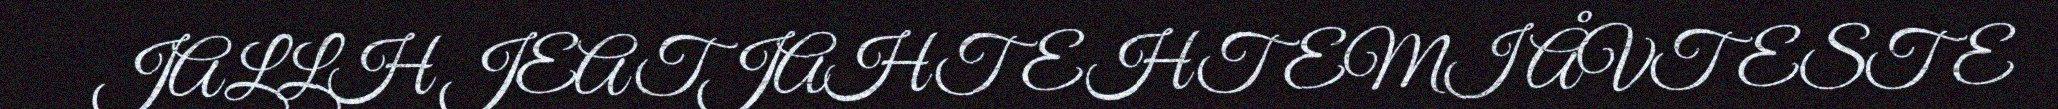
JALLH JEATJAHTEHTEMI ÅVTESTE